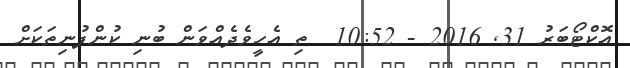
އޮކްޓޯބަރު 31